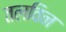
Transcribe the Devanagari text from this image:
तलविन